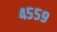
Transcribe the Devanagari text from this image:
४५५९